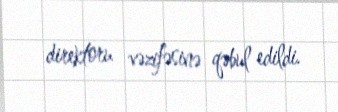
direktoru vəzifəsinə qəbul edildi.